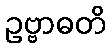
ဥဗ္ဗာဓတိ